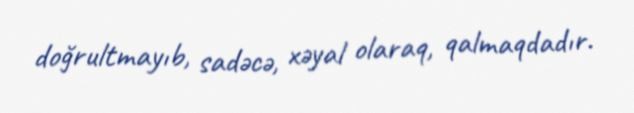
doğrultmayıb, sadəcə, xəyal olaraq, qalmaqdadır.